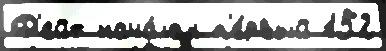
Ф'ейт нача́лом п'е́рвый 152